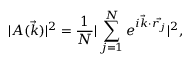
\centering | A ( \vec { k } ) | ^ { 2 } = \frac { 1 } { N } | \sum _ { j = 1 } ^ { N } e ^ { i \vec { k } \cdot \vec { r _ { j } } } | ^ { 2 } ,